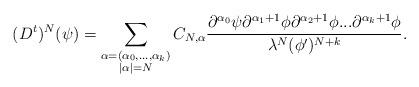
LaTeX: \begin{align*} (D^t)^N(\psi) = \sum_{\substack{\alpha = (\alpha_0, ..., \alpha_k)\\|\alpha| = N}} C_{N, \alpha} \frac{\partial^{\alpha_0}\psi \partial^{\alpha_1+1}\phi \partial^{\alpha_2+1}\phi ... \partial^{\alpha_k+1}\phi}{\lambda^N(\phi')^{N+k}}. \end{align*}